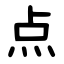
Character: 点